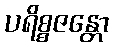
ပရိစ္စဇန္တော